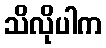
သိလိုပါက